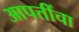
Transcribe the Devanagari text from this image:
आपत्तींचा